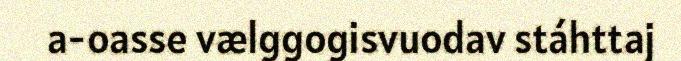
a-oasse vælggogisvuodav stáhttaj